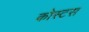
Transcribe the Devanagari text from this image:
कोस्टस